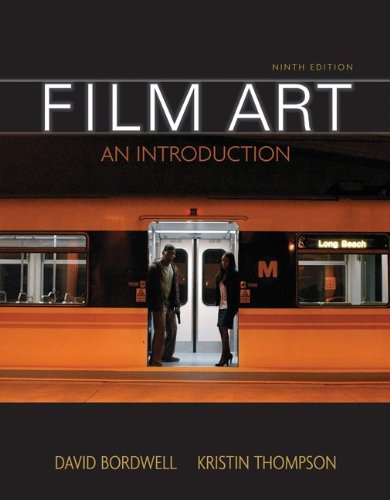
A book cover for Film Art: An Introduction; David Bordwell; Humor & Entertainment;